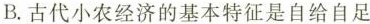
B.古代小农经济的基本特征是自给自足